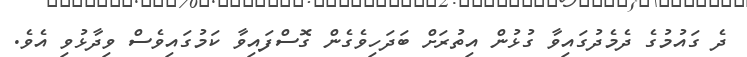
ދެ ގައުމުގެ ދެމެދުގައިވާ ގުޅުން އިތުރަށް ބަދަހިވެގެން ގޮސްފައިވާ ކަމުގައިވެސް ވިދާޅުވި އެވެ.